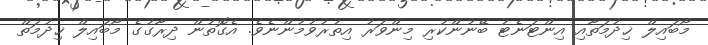
މޯބައިލް ޚިދުމަތާއި އިންޓަނެޓު ބޭނުންކުރި މިންވަރު އިތުރުވުމުންނެވެ. އެގޮތުން ދިރާގުގެ މޯބައިލް ޚިދުމަތް